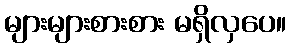
များများစားစား မရှိလှပေ။